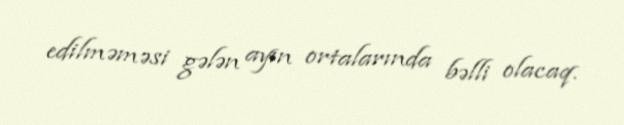
edilməməsi gələn ayın ortalarında bəlli olacaq.